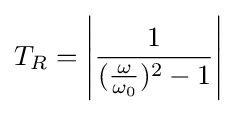
T_{R}=\left|{\frac {1}{({\frac {\omega }{\omega _{0}}})^{2}-1}}\right|